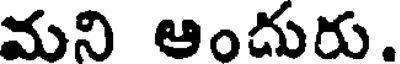
మని ఆందురు.